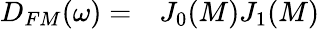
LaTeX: \begin{array}{rl}{D_{FM}(\omega)=}&{{}J_{0}(M)J_{1}(M)}\end{array}